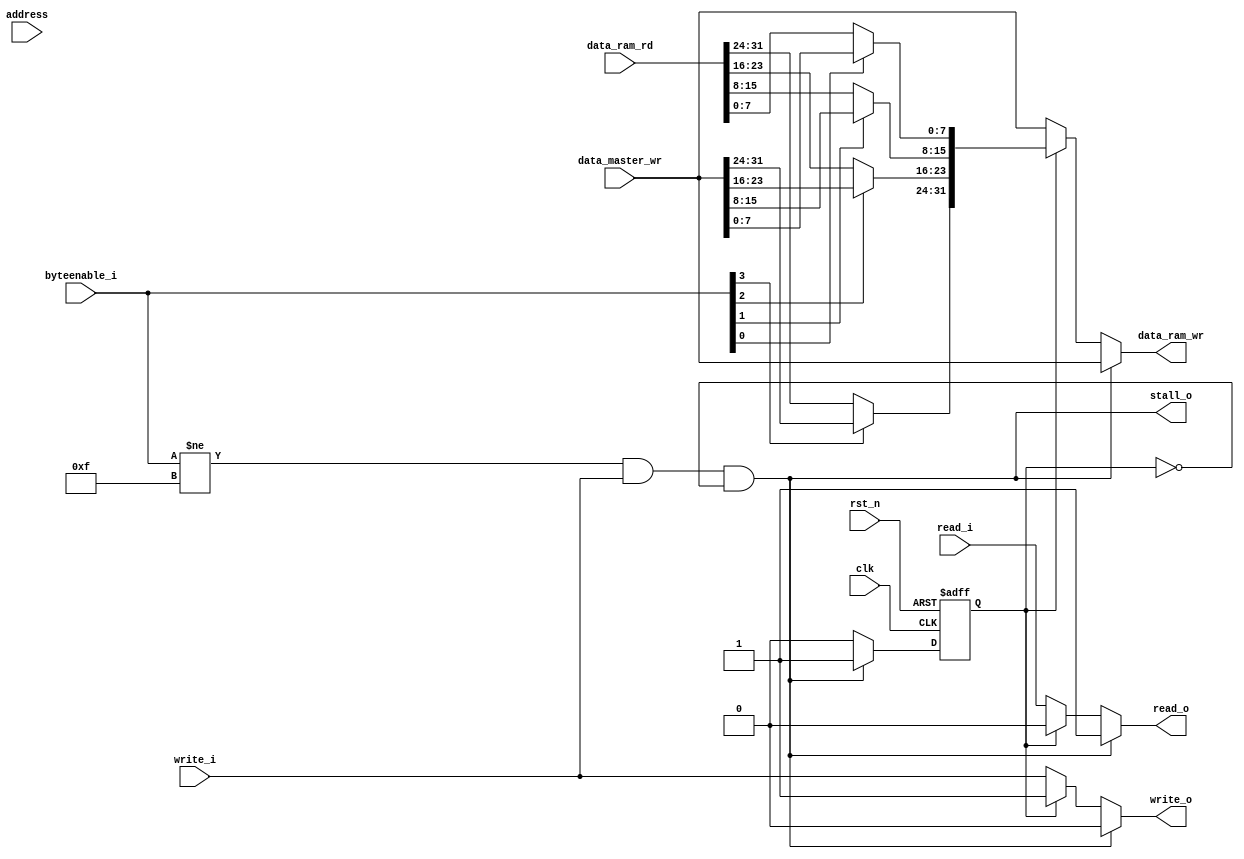
`default_nettype none
module bytes_conv(
            input wire clk,
            input wire rst_n,
            input wire[3:0] byteenable_i,
            input wire[31:0] address,
            input wire[31:0] data_ram_rd,
            output reg[31:0] data_ram_wr,
            input wire[31:0] data_master_wr,
            output wire stall_o,
            input wire read_i,
            input wire write_i,
            output reg read_o,
            output reg write_o
);

reg state;
wire[31:0] processed_data;
wire not_word;

assign not_word = (byteenable_i!=4'b1111 && write_i);
assign stall_o = (not_word && !state);
assign processed_data = {
    (byteenable_i[3] ? data_master_wr[31:24] : data_ram_rd[31:24]),
    (byteenable_i[2] ? data_master_wr[23:16] : data_ram_rd[23:16]),
    (byteenable_i[1] ? data_master_wr[15:8] : data_ram_rd[15:8]),
    (byteenable_i[0] ? data_master_wr[7:0] : data_ram_rd[7:0])
};

always @(posedge clk or negedge rst_n) begin
    if(!rst_n) begin
        state <= 1'b0;
    end else if(!state && not_word) begin
        state <= 1'b1;
    end else begin
        state <= 1'b0;
    end
end

always @(*) begin
    read_o <= read_i;
    write_o <= write_i;
    data_ram_wr <= data_master_wr;
    if(stall_o) begin
        read_o <= 1'b1;
        write_o <= 1'b0;
    end else if(state) begin
        read_o <= 1'b0;
        write_o <= 1'b1;
        data_ram_wr <= processed_data;
    end
end

endmodule